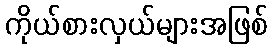
ကိုယ်စားလှယ်များအဖြစ်